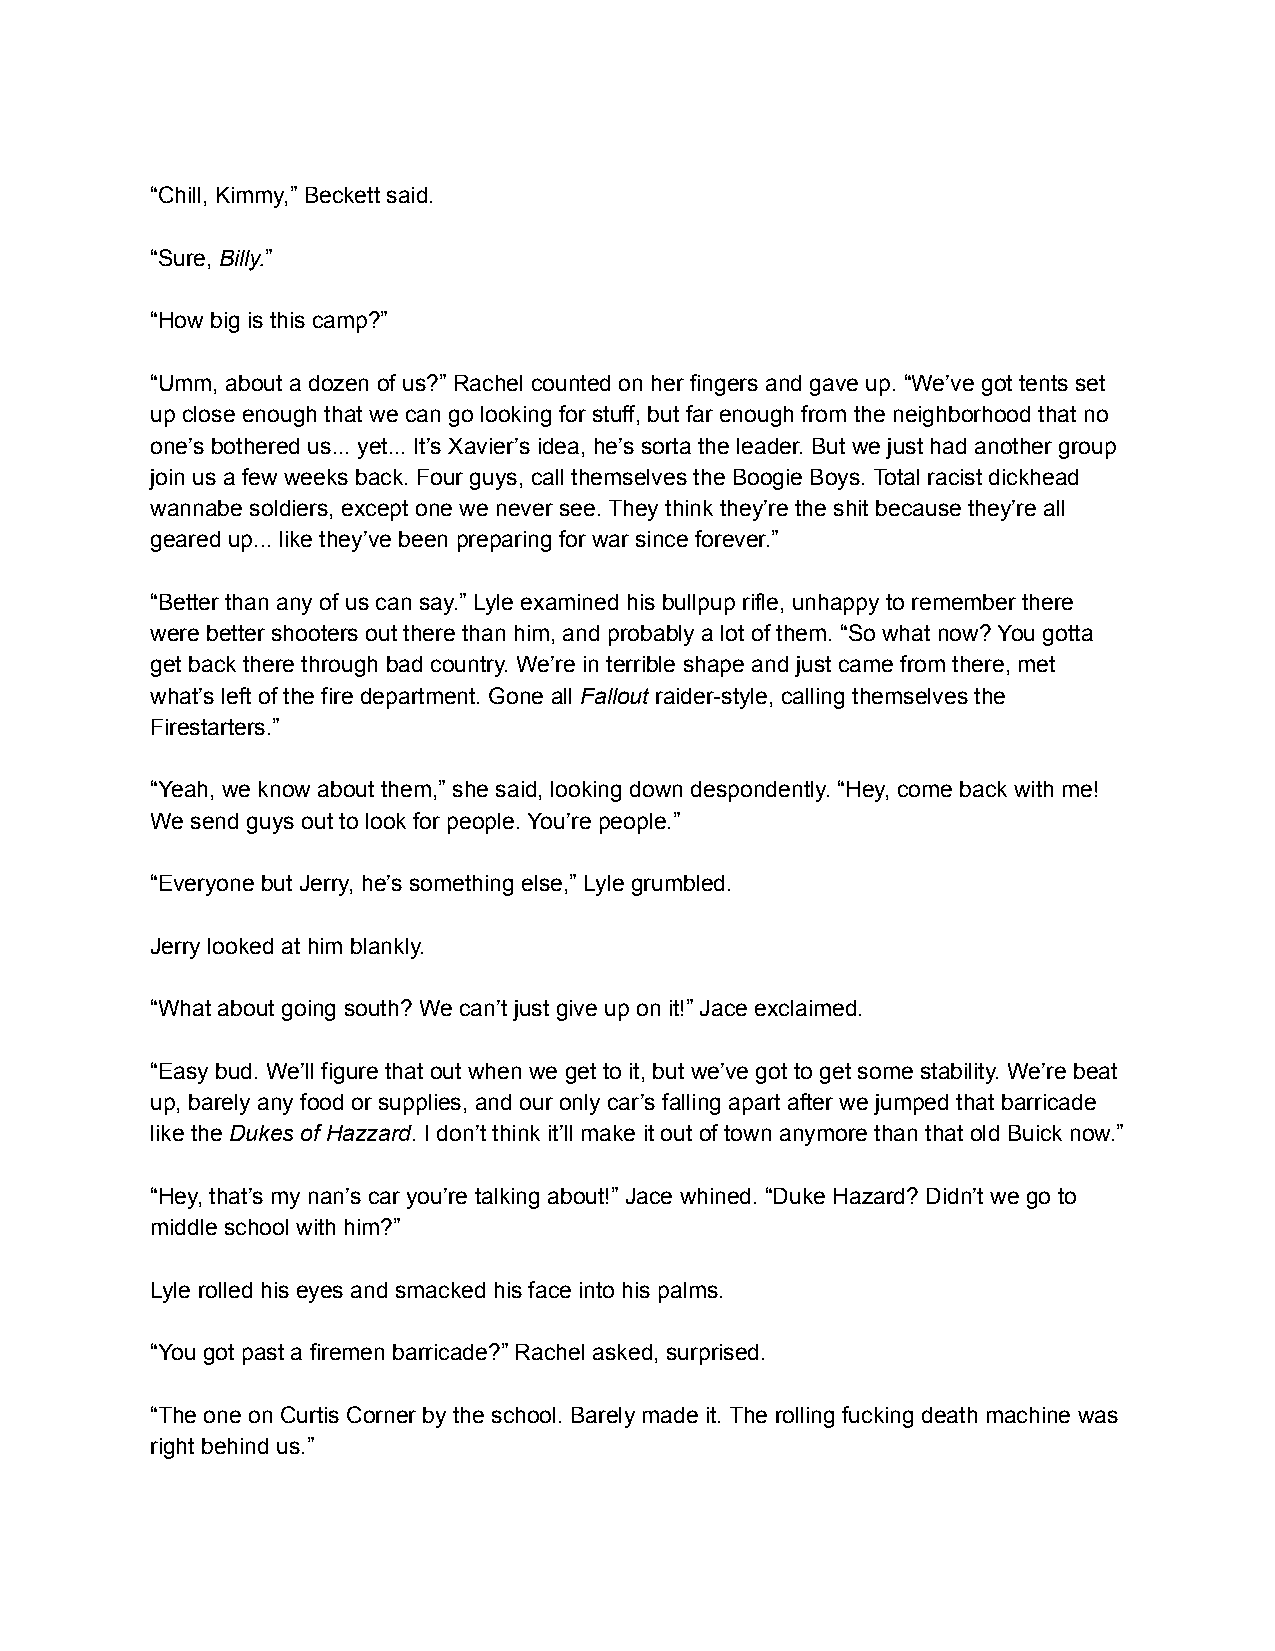
“Chill, Kimmy,” Beckett said.
 “Sure, Billy.”
 “How big is this camp?”
 “Umm, about a dozen of us?” Rachel counted on her fingers and gave up. “We’ve got tents set
 up close enough that we can go looking for stuff, but far enough from the neighborhood that no
 one’s bothered us... yet... It’s Xavier’s idea, he’s sorta the leader. But we just had another group
 join us a few weeks back. Four guys, call themselves the Boogie Boys. Total racist dickhead
 wannabe soldiers, except one we never see. They think they’re the shit because they’re all
 geared up... like they’ve been preparing for war since forever.”
 “Better than any of us can say.” Lyle examined his bullpup rifle, unhappy to remember there
 were better shooters out there than him, and probably a lot of them. “So what now? You gotta
 get back there through bad country. We’re in terrible shape and just came from there, met
 what’s left of the fire department. Gone all Fallout raider-style, calling themselves the
 Firestarters.”
 “Yeah, we know about them,” she said, looking down despondently. “Hey, come back with me!
 We send guys out to look for people. You’re people.”
 “Everyone but Jerry, he’s something else,” Lyle grumbled.
 Jerry looked at him blankly.
 “What about going south? We can’t just give up on it!” Jace exclaimed.
 “Easy bud. We’ll figure that out when we get to it, but we’ve got to get some stability. We’re beat
 up, barely any food or supplies, and our only car’s falling apart after we jumped that barricade
 like the Dukes of Hazzard. I don’t think it’ll make it out of town anymore than that old Buick now.”
 “Hey, that’s my nan’s car you’re talking about!” Jace whined. “Duke Hazard? Didn’t we go to
 middle school with him?”
 Lyle rolled his eyes and smacked his face into his palms.
 “You got past a firemen barricade?” Rachel asked, surprised.
 “The one on Curtis Corner by the school. Barely made it. The rolling fucking death machine was
 right behind us.”